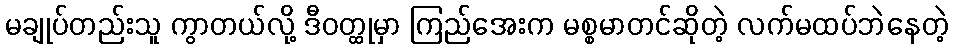
မချုပ်တည်းသူ ကွာတယ်လို့ ဒီဝတ္ထုမှာ ကြည်အေးက မစ္စမာတင်ဆိုတဲ့ လက်မထပ်ဘဲနေတဲ့